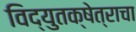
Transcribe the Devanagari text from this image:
विद्युतक्षेत्राचा